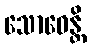
သောဓေန္တိ